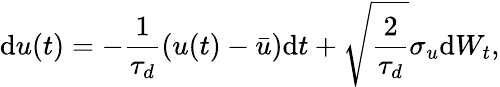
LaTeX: \mathrm{d}u(t)=-\frac{1}{\tau_{d}}\left(u(t)-\bar{u}\right)\mathrm{d}t+\sqrt{\frac{2}{\tau_{d}}}\sigma_{u}\mathrm{d}W_{t},